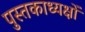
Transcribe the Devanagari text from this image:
पुस्तकाध्यक्षों